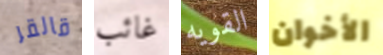
قالقر غائب القويه الأخوان